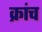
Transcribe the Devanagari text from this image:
क्रांच